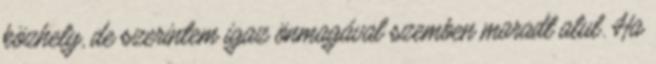
közhely, de szerintem igaz önmagával szemben maradt alul. Ha